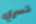
تسري